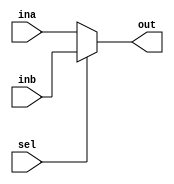
`timescale 1ns / 1ps
//////////////////////////////////////////////////////////////////////////////////
// Company: 
// Engineer: 
// 
// Design Name: 
// Module Name:    mux 
// Project Name: 
// Target Devices: 
// Tool versions: 
// Description: 
//
// Dependencies: 
//
// Revision: 
// Revision 0.01 - File Created
// Additional Comments: 
//
//////////////////////////////////////////////////////////////////////////////////
module mux(
    output out,
    input sel,
    input ina,
    input inb
    );

    assign out = sel ? inb : ina;

endmodule